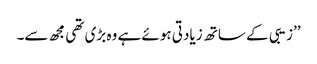
’’زیبی کے ساتھ زیادتی ہوئے ہے وہ بڑی تھی مجھ سے۔